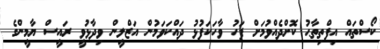
ކޯސްތައް އިފްތިތާޙު ކޮށްދެއްވުމަށް ފަހު ވާހަކަފުޅު ދައްކަވަމުން އަޒްލީން ވިދާޅުވީ ރައީސް ޔާމީންގެ